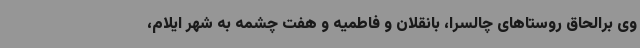
وی برالحاق روستاهای چالسرا، بانقلان و فاطمیه و هفت چشمه به شهر ایلام،